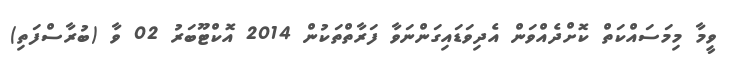
ވީމާ މިމަސައްކަތް ކޮށްދެއްވަން އެދިވަޑައިގަންނަވާ ފަރާތްތަކުން 2014 އޮކްޓޫބަރު 02 ވާ (ބުރާސްފަތި)